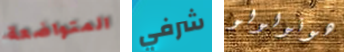
المتواضعة شرفي هونولولو